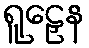
ရူဠှေန